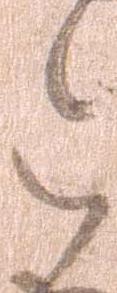
令